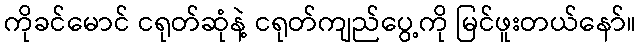
ကိုခင်မောင် ငရုတ်ဆုံနဲ့ ငရုတ်ကျည်ပွေ့ကို မြင်ဖူးတယ်နော်။